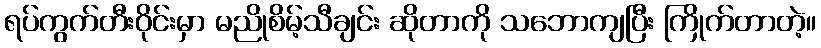
ရပ်ကွက်တီးဝိုင်းမှာ မညိုစိမ့်သီချင်း ဆိုတာကို သဘောကျပြီး ကြိုက်တာတဲ့။